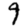
Digit: 9